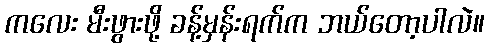
ကလေး မီးဖွားဖို့ ခန့်မှန်းရက်က ဘယ်တော့ပါလဲ။